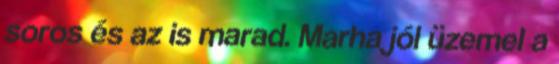
soros és az is marad. Marha jól üzemel a